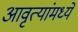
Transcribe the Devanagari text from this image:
आवृत्यांमध्ये